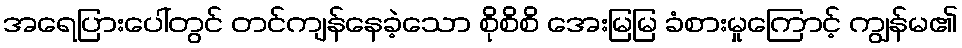
အရေပြားပေါ်တွင် တင်ကျန်နေခဲ့သော စိုစိစိ အေးမြမြ ခံစားမှုကြောင့် ကျွန်မ၏